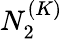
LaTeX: N_{2}^{(K)}